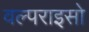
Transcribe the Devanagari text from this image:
वल्पराइसो